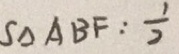
S _ { \Delta } A B F : \frac { 1 } { 2 }